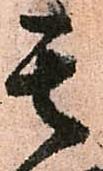
其